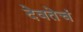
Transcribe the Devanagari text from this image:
देवतेचं